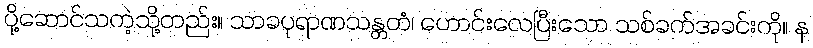
ပို့ဆောင်သကဲ့သို့တည်း။ သာခပုရာဏသန္တတံ၊ ဟောင်းလေပြီးသော သစ်ခက်အခင်းကို။ န